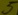
Text: 5